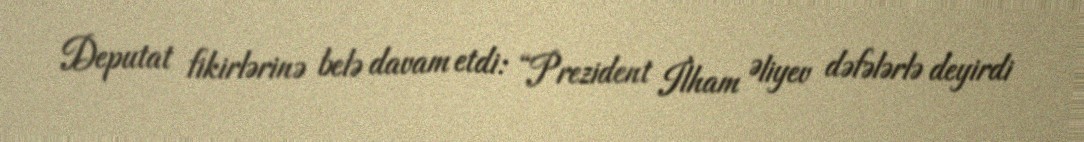
Deputat fikirlərinə belə davam etdi: “Prezident İlham Əliyev dəfələrlə deyirdi